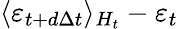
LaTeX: \langle\varepsilon_{t+d\Delta t}\rangle_{H_{t}}-\varepsilon_{t}